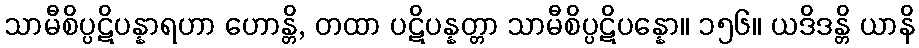
သာမီစိပ္ပဋိပန္နာရဟာ ဟောန္တိ, တထာ ပဋိပန္နတ္တာ သာမီစိပ္ပဋိပန္နော။ ၁၅၆။ ယဒိဒန္တိ ယာနိ